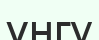
үңгу